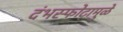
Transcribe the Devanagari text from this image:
दंभस्फोटामुळे